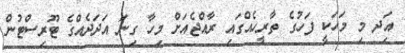
އަިދ މި މަހަކީ ފަހުގެ ތާރީހެއްގައި ރާއްޖެއަށް މިހާ ގިނަ އަދަދެއްގެ ޓޫރިސްޓުން